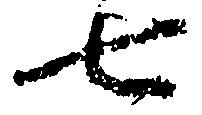
七